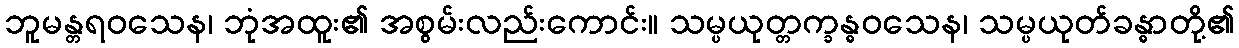
ဘူမန္တရဝသေန၊ ဘုံအထူး၏ အစွမ်းလည်းကောင်း။ သမ္ပယုတ္တက္ခန္ဓဝသေန၊ သမ္ပယုတ်ခန္ဓာတို့၏